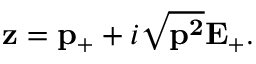
{ \bf z } = { \bf p } _ { + } + i \sqrt { { \bf p ^ { 2 } } } { \bf E } _ { + } .